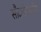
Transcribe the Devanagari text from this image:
सौदर्यशास्त्रीय